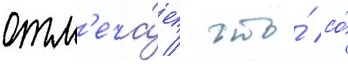
отм'еча́ет / что́ со́